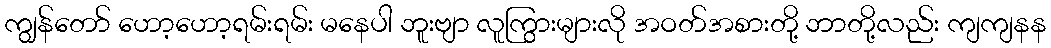
ကျွန်တော် ဟော့ဟော့ရမ်းရမ်း မနေပါ ဘူးဗျာ လူကြွားများလို အဝတ်အစားတို့ ဘာတို့လည်း ကျကျနန